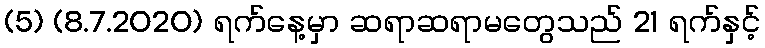
(5) (8.7.2020) ရက်နေ့မှာ ဆရာဆရာမတွေသည် 21 ရက်နှင့်